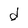
Character: d